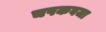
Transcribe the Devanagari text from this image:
चषकवजा